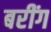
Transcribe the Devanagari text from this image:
बरींग